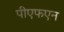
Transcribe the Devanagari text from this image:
पीएफएन